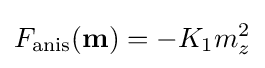
F_{\text{anis}}(\mathbf {m} )=-K_{1}m_{z}^{2}